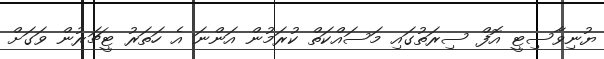
ޔުނިވާސިޓީ އޮފް ސިރަތުގައި މަސައްކަތް ކުރަމުން އަންނަ އެ ހަތަރު ޓީޗަރުން ވަގަށް